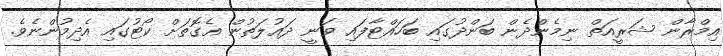
އިމްރާން ޝަރީއަތް ނިމެންދެން ބަންދުގައި ބަހައްޓާފައި ވަނީ ދައުލަތުން އެގޮތަށް ކޯޓުގައި އެދިމުންނެވެ.